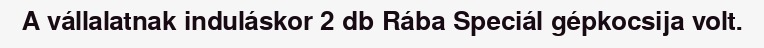
A vállalatnak induláskor 2 db Rába Speciál gépkocsija volt.